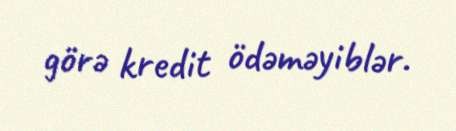
görə kredit ödəməyiblər.